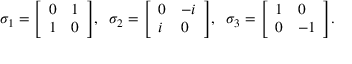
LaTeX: \sigma _ { 1 } = { \left[ \begin{array} { l l } { 0 } & { 1 } \\ { 1 } & { 0 } \end{array} \right] } , \; \; \sigma _ { 2 } = { \left[ \begin{array} { l l } { 0 } & { - i } \\ { i } & { 0 } \end{array} \right] } , \; \; \sigma _ { 3 } = { \left[ \begin{array} { l l } { 1 } & { 0 } \\ { 0 } & { - 1 } \end{array} \right] } .